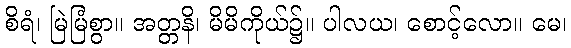
စိရံ၊ မြဲမြံစွာ။ အတ္တနိ၊ မိမိကိုယ်၌။ ပါလယ၊ စောင့်လော။ မေ၊